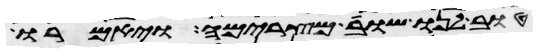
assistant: טוב לנו שובה מצרימה ויאמרו